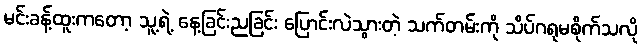
မင်းခန့်ထူးကတော့ သူ့ရဲ့ နေ့ခြင်းညခြင်း ပြောင်းလဲသွားတဲ့ သက်တမ်းကို သိပ်ဂရုမစိုက်သလို